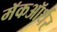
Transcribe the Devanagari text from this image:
मॅकऑर्थर